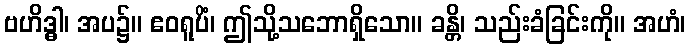
ဗဟိဒ္ဓါ၊ အပ၌။ ဧဝရူပိံ၊ ဤသို့သဘောရှိသော။ ခန္တိ၊ သည်းခံခြင်းကို။ အဟံ၊